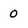
Character: 0